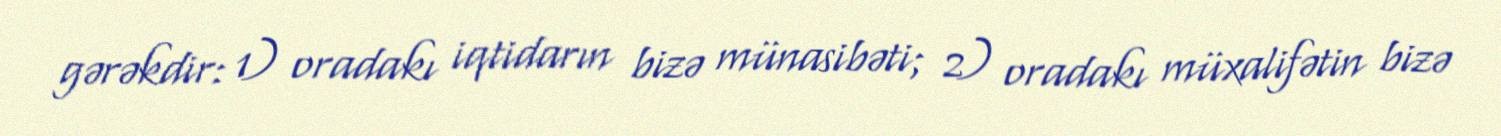
gərəkdir: 1) oradakı iqtidarın bizə münasibəti; 2) oradakı müxalifətin bizə